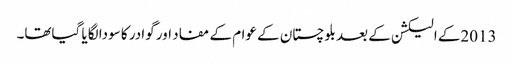
2013کے الیکشن کے بعد بلوچستان کے عوام کے مفاد اور گوادر کا سودا لگایا گیاتھا۔